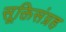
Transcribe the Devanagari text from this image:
सूक्तिसंग्रह